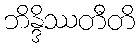
ဘိန္ဒိဿတီတိ